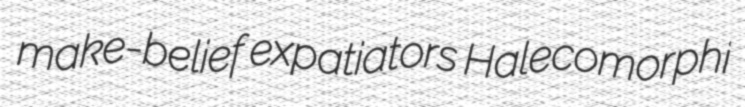
make-belief expatiators Halecomorphi